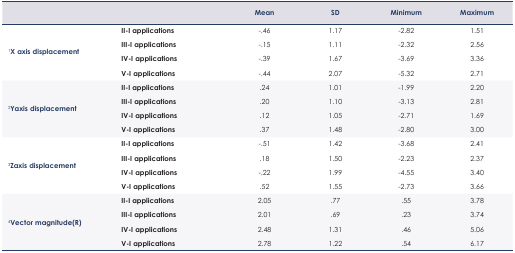
<table><thead><tr><td colspan="2"></td><td><b>Mean</b></td><td><b>SD</b></td><td><b>Minimum</b></td><td><b>Maximum</b></td></tr></thead><tbody><tr><td rowspan="4"><sup>1</sup><b>X axis displacement</b></td><td><b>II-I applications</b></td><td>−.46</td><td>1.17</td><td>−2.82</td><td>1.51</td></tr><tr><td><b>III-I applications</b></td><td>−.15</td><td>1.11</td><td>−2.32</td><td>2.56</td></tr><tr><td><b>IV-I applications</b></td><td>−.39</td><td>1.67</td><td>−3.69</td><td>3.36</td></tr><tr><td><b>V-I applications</b></td><td>−.44</td><td>2.07</td><td>−5.32</td><td>2.71</td></tr><tr><td rowspan="4"><sup>2</sup><b>Yaxis displacement</b></td><td><b>II-I applications</b></td><td>.24</td><td>1.01</td><td>−1.99</td><td>2.20</td></tr><tr><td><b>III-I applications</b></td><td>.20</td><td>1.10</td><td>−3.13</td><td>2.81</td></tr><tr><td><b>IV-I applications</b></td><td>.12</td><td>1.05</td><td>−2.71</td><td>1.69</td></tr><tr><td><b>V-I applications</b></td><td>.37</td><td>1.48</td><td>−2.80</td><td>3.00</td></tr><tr><td rowspan="4"><sup>3</sup><b>Zaxis displacement</b></td><td><b>II-I applications</b></td><td>−.51</td><td>1.42</td><td>−3.68</td><td>2.41</td></tr><tr><td><b>III-I applications</b></td><td>.18</td><td>1.50</td><td>−2.23</td><td>2.37</td></tr><tr><td><b>IV-I applications</b></td><td>−.22</td><td>1.99</td><td>−4.55</td><td>3.40</td></tr><tr><td><b>V-I applications</b></td><td>.52</td><td>1.55</td><td>−2.73</td><td>3.66</td></tr><tr><td rowspan="4"><sup>4</sup><b>Vector magnitude(R)</b></td><td><b>II-I applications</b></td><td>2.05</td><td>.77</td><td>.55</td><td>3.78</td></tr><tr><td><b>III-I applications</b></td><td>2.01</td><td>.69</td><td>.23</td><td>3.74</td></tr><tr><td><b>IV-I applications</b></td><td>2.48</td><td>1.31</td><td>.46</td><td>5.06</td></tr><tr><td><b>V-I applications</b></td><td>2.78</td><td>1.22</td><td>.54</td><td>6.17</td></tr></tbody></table>